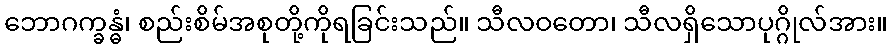
ဘောဂက္ခန္ဓံ၊ စည်းစိမ်အစုတို့ကိုရခြင်းသည်။ သီလဝတော၊ သီလရှိသောပုဂ္ဂိုလ်အား။